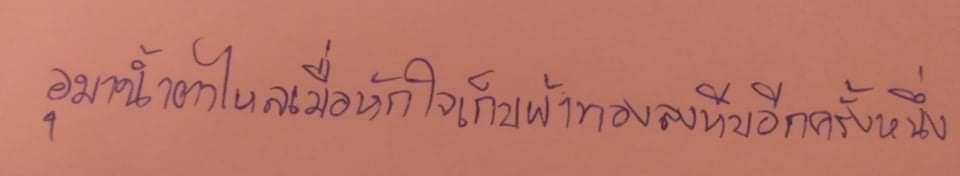
อุมาน้ำตาไหลเมื่อหักใจเก็บผ้าทองลงหีบอีกครั้งหนึ่ง